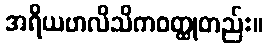
အရိယဗာလိသိကဝတ္ထုတည်း။